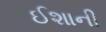
ઈશાની